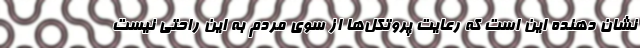
نشان دهنده این است که رعایت پروتکل‌ها از سوی مردم به این راحتی نیست